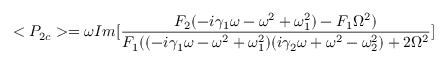
< P _ { 2 c } > = \omega I m [ \frac { F _ { 2 } ( - i \gamma _ { 1 } \omega - \omega ^ { 2 } + \omega _ { 1 } ^ { 2 } ) - F _ { 1 } \Omega ^ { 2 } ) } { F _ { 1 } ( ( - i \gamma _ { 1 } \omega - \omega ^ { 2 } + \omega _ { 1 } ^ { 2 } ) ( i \gamma _ { 2 } \omega + \omega ^ { 2 } - \omega _ { 2 } ^ { 2 } ) + 2 \Omega ^ { 2 } } ]